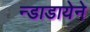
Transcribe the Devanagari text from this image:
न्डाडायेने